255_413270_UFO's_and_Defense_What_Should_we_Prepare_For
Agency: NASA
Page 91
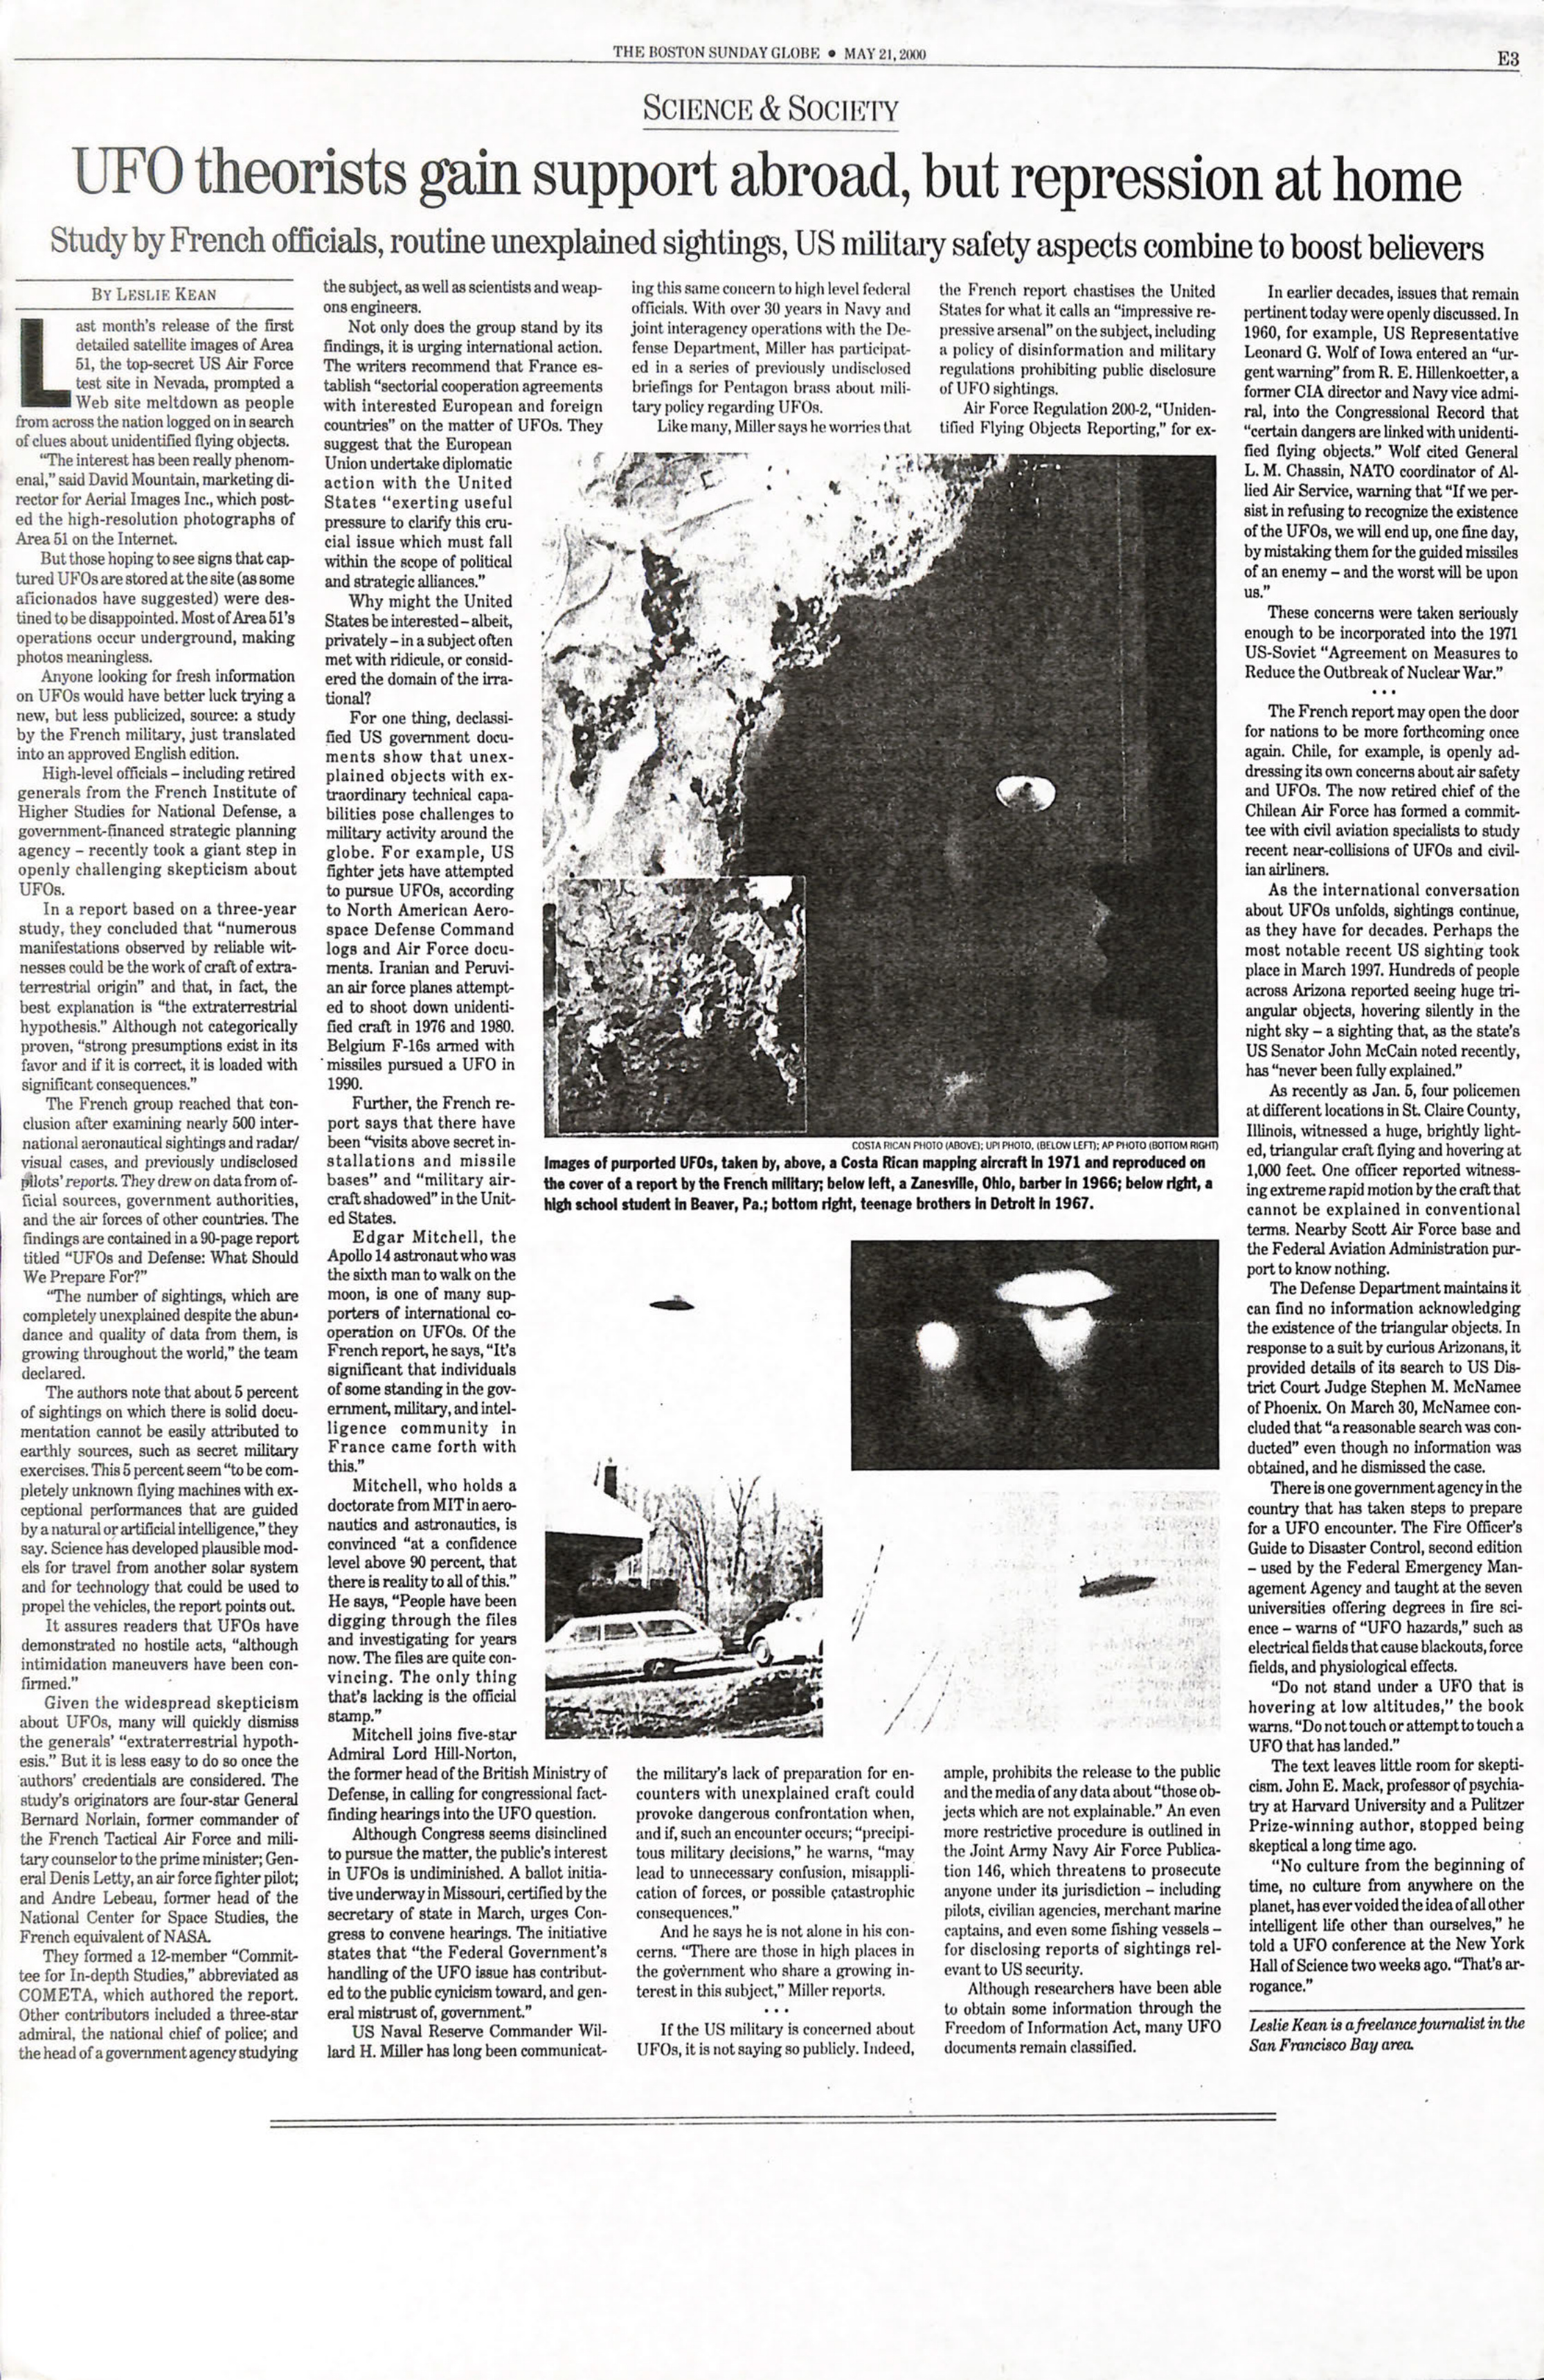